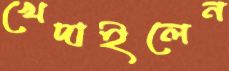
খেদাইলেন